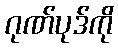
ဂုဏ်ပုဒ်ကို